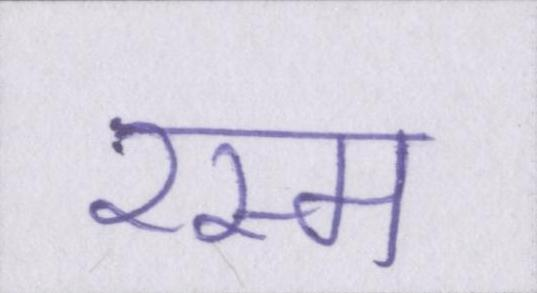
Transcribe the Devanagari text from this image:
रस्म